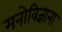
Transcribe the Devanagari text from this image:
मनोविज्ञाना